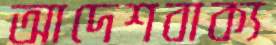
আদেশবাক্য